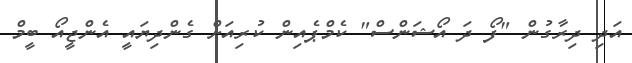
އަދި ދިރާގުން "ފޯ ދަ އޯޝަންސް" ކެމްޕެއިން ކުރިއަށް ގެންދިޔައީ އެންޖީއޯ ބީމް